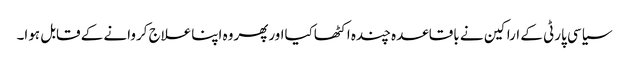
سیاسی پارٹی کے اراکین نے باقاعدہ چندہ اکٹھاکیااورپھروہ اپناعلاج کروانے کے قابل ہوا۔